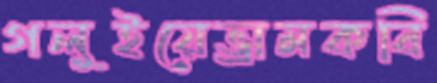
গলুইয়েভ্রামকবি